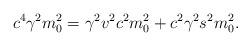
LaTeX: \begin{align*}c^4\gamma^2 m_0^2 = \gamma^2 v^2c^2m_0^2 + c^2\gamma^2s^2m_0^2.\end{align*}